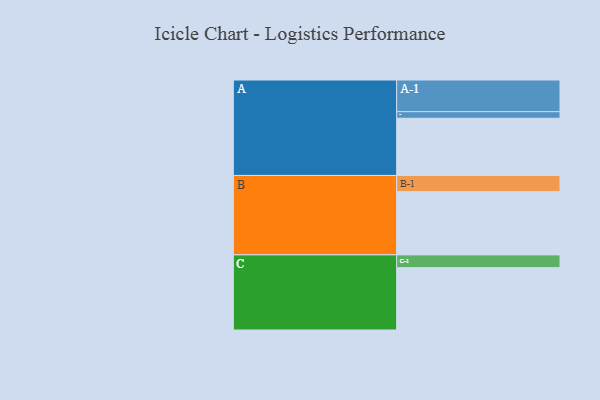
{"axis": {"x": "Segment", "y": "Value"}, "legend": ["", "A", "B", "C"], "data": [{"x": "A", "y": 520, "type": ""}, {"x": "B", "y": 575, "type": ""}, {"x": "C", "y": 567, "type": ""}, {"x": "A-1", "y": 288, "type": "A"}, {"x": "A-2", "y": 60, "type": "A"}, {"x": "B-1", "y": 147, "type": "B"}, {"x": "C-1", "y": 116, "type": "C"}]}